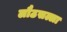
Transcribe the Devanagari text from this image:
लौठसल्ला